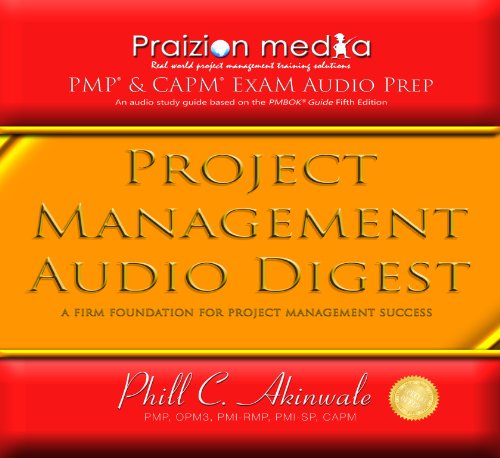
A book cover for Project Management Audio Digest: 18 PMP Exam Audio CDs (PMBOK 5th Ed); Praizion Media; Test Preparation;